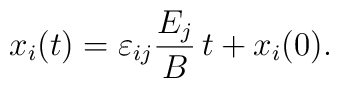
x_{i}(t)=\varepsilon_{ij}\frac{E_{j}}{B}\,t+x_i(0).